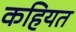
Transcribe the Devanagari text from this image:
कहियत